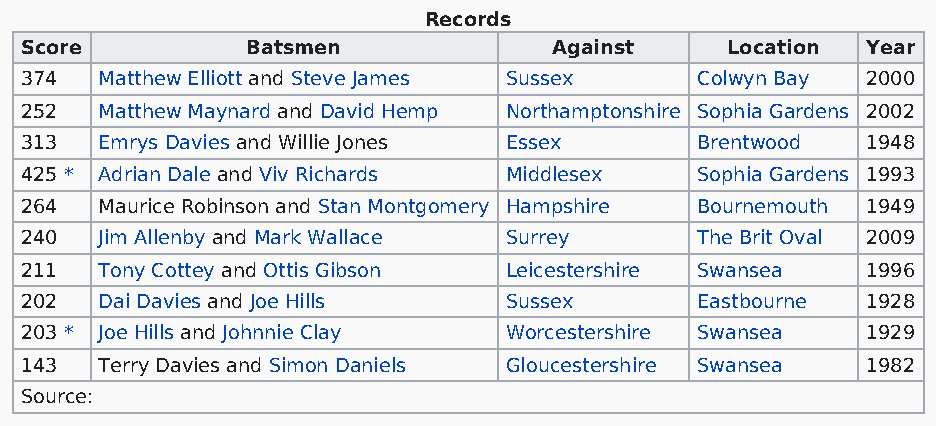
Records
 Score          Batsmen              Against    Location Year
 374   Matthew Elliott and Steve James Sussex Colwyn Bay 2000
 252   Matthew Maynard and David Hemp Northamptonshire Sophia Gardens 2002
 313   Emrys Davies and Willie Jones Essex    Brentwood  1948
 425 * Adrian Dale and Viv Richards Middlesex Sophia Gardens 1993
 264   Maurice Robinson and Stan Montgomery Hampshire Bournemouth 1949
 240   Jim Allenby and Mark Wallace Surrey    The Brit Oval 2009
 211   Tony Cottey and Ottis Gibson Leicestershire Swansea 1996
 202   Dai Davies and Joe Hills  Sussex       Eastbourne 1928
 203 * Joe Hills and Johnnie Clay Worcestershire Swansea 1929
 143   Terry Davies and Simon Daniels Gloucestershire Swansea 1982
 Source: